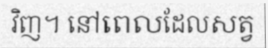
វិញ។ នៅពេលដែលសត្វ